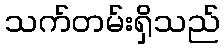
သက်တမ်းရှိသည်